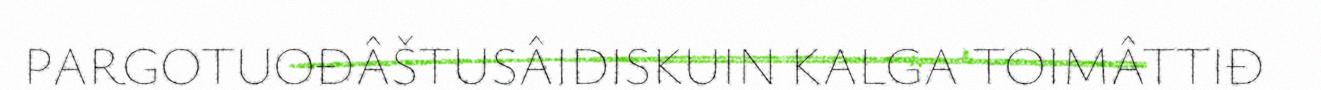
PARGOTUOĐÂŠTUSÂIDISKUIN KALGA TOIMÂTTIĐ